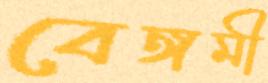
বেঙ্গমী